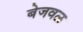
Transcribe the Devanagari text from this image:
बेजवळ